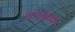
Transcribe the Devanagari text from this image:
धोखेबाद